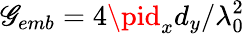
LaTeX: \mathscr{G}_{emb}=4\pid_{x}d_{y}/\lambda_{0}^{2}